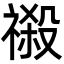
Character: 𮂎